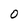
Character: 0